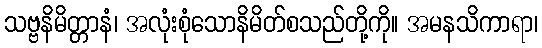
သဗ္ဗနိမိတ္တာနံ၊ အလုံးစုံသောနိမိတ်စသည်တို့ကို။ အမနသိကာရာ၊